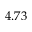
4 . 7 3